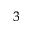
_ 3